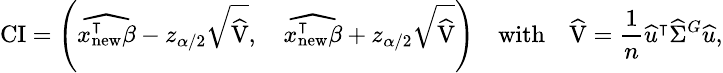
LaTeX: \small\mathrm{CI}=\left(\widehat{x_{\mathrm{new}}^{\intercal}\beta}-z_{\alpha/2}\sqrt{\widehat{\mathrm{V}}},\quad\widehat{x_{\mathrm{new}}^{\intercal}\beta}+z_{\alpha/2}\sqrt{\widehat{\mathrm{V}}}\right)\quad\mathrm{with}\quad\widehat{\mathrm{V}}=\frac{1}{n}\widehat{u}^{\intercal}\widehat{\Sigma}^{G}\widehat{u},